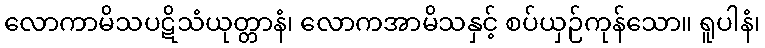
လောကာမိသပဋိသံယုတ္တာနံ၊ လောကအာမိသနှင့် စပ်ယှဉ်ကုန်သော။ ရူပါနံ၊